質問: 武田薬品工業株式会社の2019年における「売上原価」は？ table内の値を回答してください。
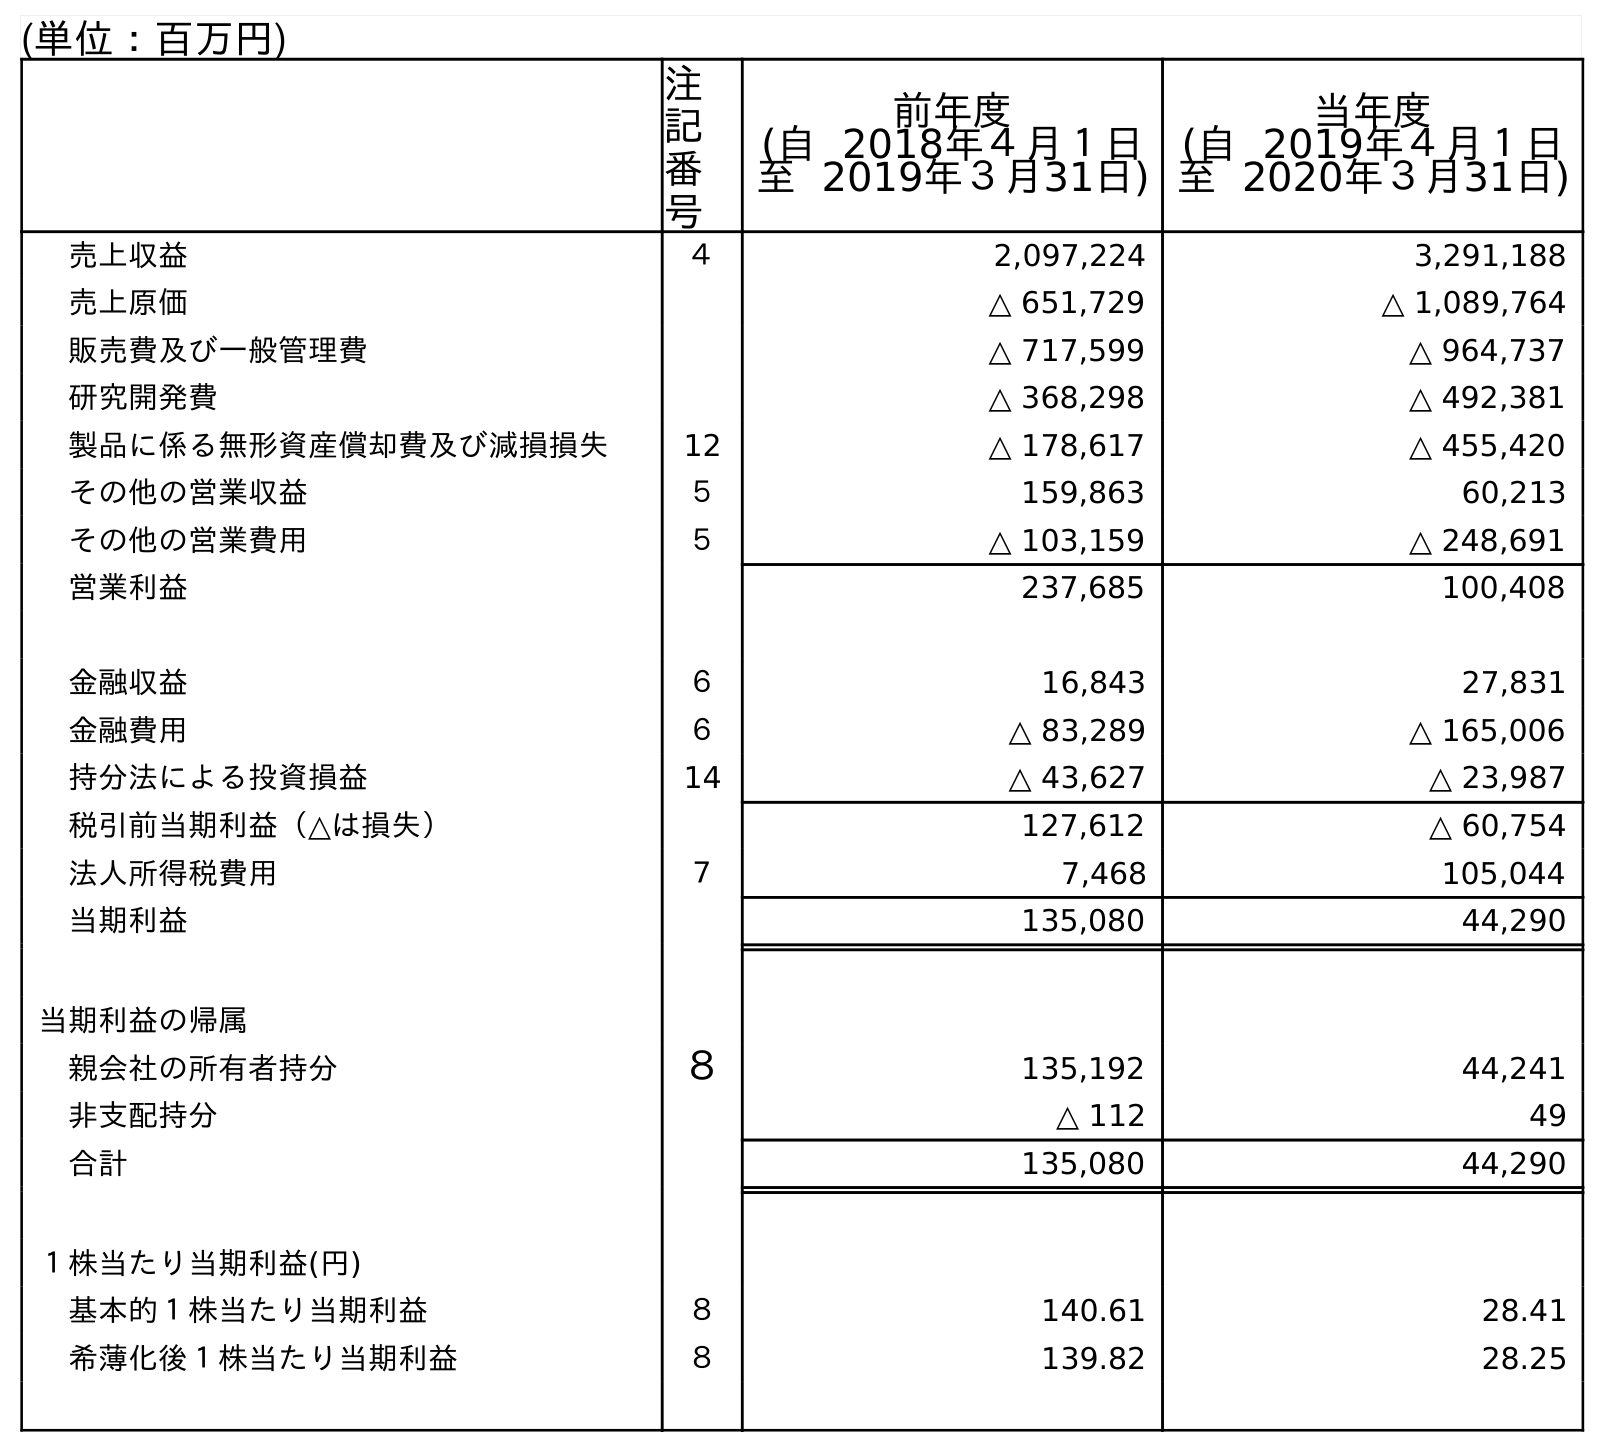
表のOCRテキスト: (単位：百万円) 注 記 番 号 前年度 (自 2018年４月１日 至 2019年３月31日) 当年度 (自 2019年４月１日 至 2020年３月31日) 売上収益 ４ 2,097,224 3,291,188 売上原価 △ 651,729 △ 1,089,764 販売費及び一般管理費 △ 717,599 △ 964,737 研究開発費 △ 368,298 △ 492,381 製品に係る無形資産償却費及び減損損失 12 △ 178,617 △ 455,420 その他の営業収益 ５ 159,863 60,213 その他の営業費用 ５ △ 103,159 △ 248,691 営業利益 237,685 100,408 金融収益 ６ 16,843 27,831 金融費用 ６ △ 83,289 △ 165,006 持分法による投資損益 14 △ 43,627 △ 23,987 税引前当期利益（△は損失） 127,612 △ 60,754 法人所得税費用 ７ 7,468 105,044 当期利益 135,080 44,290 当期利益の帰属 親会社の所有者持分 ８ 135,192 44,241 非支配持分 △ 112 49 合計 135,080 44,290 １株当たり当期利益(円) 基本的１株当たり当期利益 ８ 140.61 28.41 希薄化後１株当たり当期利益 ８ 139.82 28.25
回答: △651,729